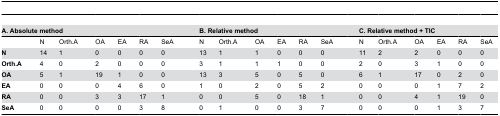
<table><thead><tr><td colspan="8"><b> A. Absolute method</b></td><td colspan="7"><b>B. Relative method</b></td><td colspan="6"><b>C. Relative method + TIC</b></td></tr></thead><tbody><tr><td></td><td>N</td><td>Orth.A</td><td>OA</td><td>EA</td><td>RA</td><td>SeA</td><td></td><td>N</td><td>Orth.A</td><td>OA</td><td>EA</td><td>RA</td><td>SeA</td><td></td><td>N</td><td>Orth.A</td><td>OA</td><td>EA</td><td>RA</td><td>SeA</td></tr><tr><td><b>N</b></td><td>14</td><td>1</td><td>0</td><td>0</td><td>0</td><td>0</td><td></td><td>13</td><td>1</td><td>1</td><td>0</td><td>0</td><td>0</td><td></td><td>11</td><td>2</td><td>2</td><td>0</td><td>0</td><td>0</td></tr><tr><td><b>Orth.A</b></td><td>4</td><td>0</td><td>2</td><td>0</td><td>0</td><td>0</td><td></td><td>3</td><td>1</td><td>1</td><td>1</td><td>0</td><td>0</td><td></td><td>2</td><td>0</td><td>3</td><td>1</td><td>0</td><td>0</td></tr><tr><td><b>OA</b></td><td>5</td><td>1</td><td>19</td><td>1</td><td>0</td><td>0</td><td></td><td>13</td><td>3</td><td>5</td><td>0</td><td>5</td><td>0</td><td></td><td>6</td><td>1</td><td>17</td><td>0</td><td>2</td><td>0</td></tr><tr><td><b>EA</b></td><td>0</td><td>0</td><td>0</td><td>4</td><td>6</td><td>0</td><td></td><td>1</td><td>0</td><td>2</td><td>0</td><td>5</td><td>2</td><td></td><td>0</td><td>0</td><td>0</td><td>1</td><td>7</td><td>2</td></tr><tr><td><b>RA</b></td><td>0</td><td>0</td><td>3</td><td>3</td><td>17</td><td>1</td><td></td><td>0</td><td>0</td><td>5</td><td>0</td><td>18</td><td>1</td><td></td><td>0</td><td>0</td><td>4</td><td>1</td><td>19</td><td>0</td></tr><tr><td><b>SeA</b></td><td>0</td><td>0</td><td>0</td><td>0</td><td>3</td><td>8</td><td></td><td>0</td><td>1</td><td>0</td><td>0</td><td>3</td><td>7</td><td></td><td>0</td><td>0</td><td>0</td><td>1</td><td>3</td><td>7</td></tr></tbody></table>